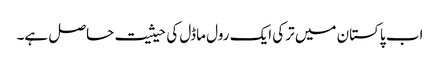
اب پاکستان میں ترکی ایک رول ماڈل کی حیثیت حاصل ہے۔